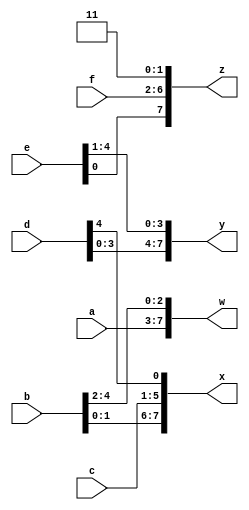
/*
Part selection was used to select portions of a vector. The concatenation operator {a,b,c} is used to create larger vectors by concatenating smaller portions of a vector together.

{3'b111, 3'b000} => 6'b111000
{1'b1, 1'b0, 3'b101} => 5'b10101
{4'ha, 4'd10} => 8'b10101010     // 4'ha and 4'd10 are both 4'b1010 in binary
Concatenation needs to know the width of every component (or how would you know the length of the result?). Thus, {1, 2, 3} is illegal and results in the error message: unsized constants are not allowed in concatenations.

The concatenation operator can be used on both the left and right sides of assignments.

input [15:0] in;
output [23:0] out;
assign {out[7:0], out[15:8]} = in;         // Swap two bytes. Right side and left side are both 16-bit vectors.
assign out[15:0] = {in[7:0], in[15:8]};    // This is the same thing.
assign out = {in[7:0], in[15:8]};       // This is different. The 16-bit vector on the right is extended to
                                        // match the 24-bit vector on the left, so out[23:16] are zero.
                                        // In the first two examples, out[23:16] are not assigned.
A Bit of Practice
Given several input vectors, concatenate them together then split them up into several output vectors. There are six 5-bit input vectors: a, b, c, d, e, and f, for a total of 30 bits of input. There are four 8-bit output vectors: w, x, y, and z, for 32 bits of output. The output should be a concatenation of the input vectors followed by two 1 bits:

https://hdlbits.01xz.net/wiki/Vector3

*/

module top_module (
    input [4:0] a, b, c, d, e, f,
    output [7:0] w, x, y, z );//

    assign z = { e[0],f[4:0],2'b11 };
    assign y = {d[3:0],e[4:1]};
    assign x = {b[1:0],c[4:0],d[4]};
    assign w = {a[4:0],b[4:2]};

endmodule